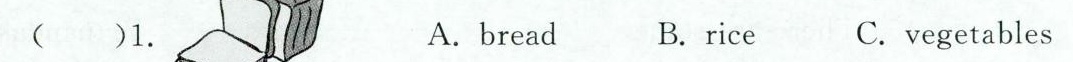
()1. A.bread B.rice C.vegetables